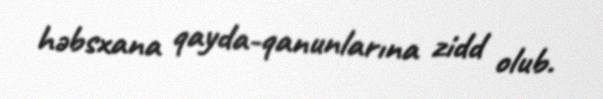
həbsxana qayda-qanunlarına zidd olub.